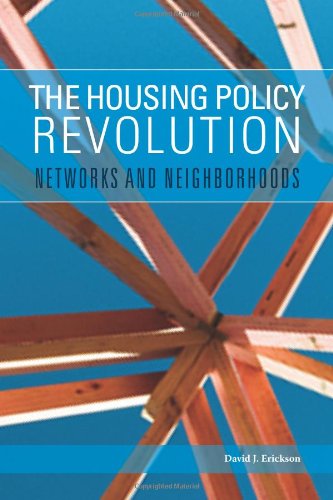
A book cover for The Housing Policy Revolution: Networks and Neighborhoods; David Erickson; Law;